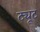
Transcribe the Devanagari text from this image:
ट्यूट